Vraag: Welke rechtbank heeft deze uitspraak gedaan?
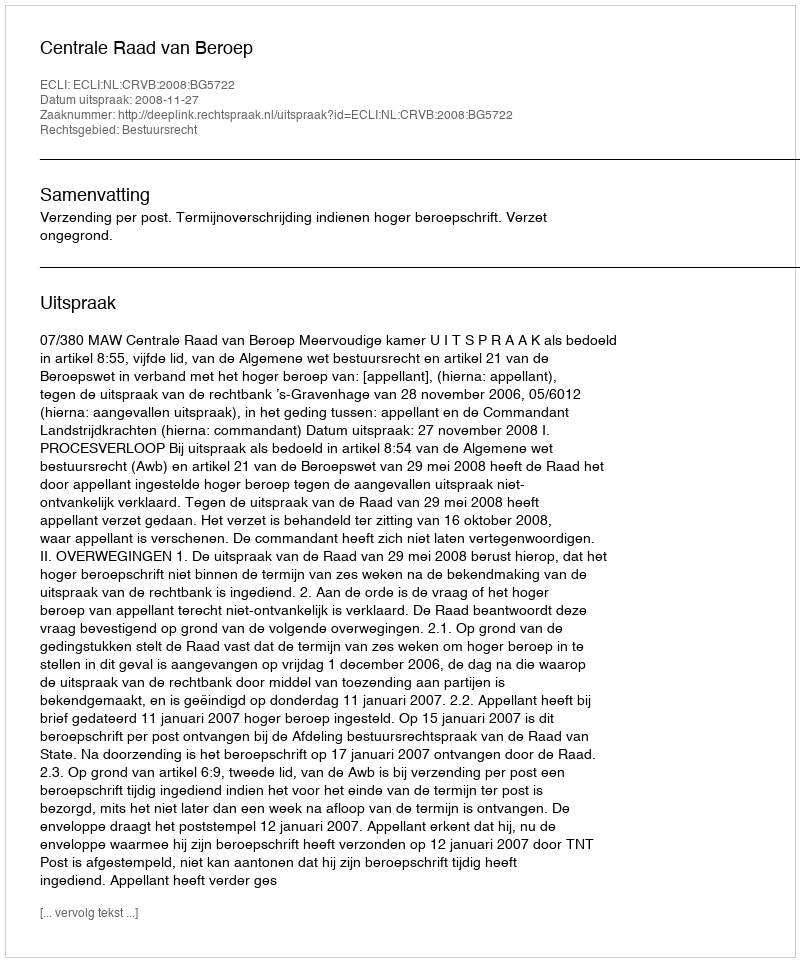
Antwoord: Centrale Raad van Beroep